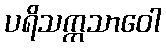
ပရိသက္ကသာဝေါ